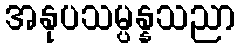
အနုပသမ္ပန္နသညာ